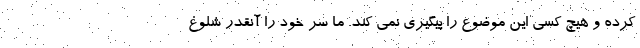
کرده و هیچ کسی این موضوع را پیگیری نمی کند. ما سر خود را آنقدر شلوغ